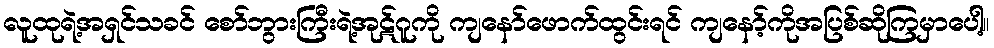
လူထုရဲ့အရှင်သခင် စော်ဘွားကြီးရဲ့အုဋ်ဂူကို ကျနော်ဖောက်ထွင်းရင် ကျနော့်ကိုအပြစ်ဆိုကြမှာပေါ့။